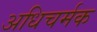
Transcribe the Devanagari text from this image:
अधिचर्मक